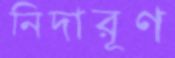
নিদারূণ